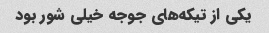
یکی از تیکه‌های جوجه خیلی شور بود